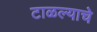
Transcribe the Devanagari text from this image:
टाळल्याचे